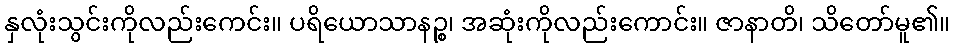
နှလုံးသွင်းကိုလည်းကေင်း။ ပရိယောသာနဉ္စ၊ အဆုံးကိုလည်းကောင်း။ ဇာနာတိ၊ သိတော်မူ၏။